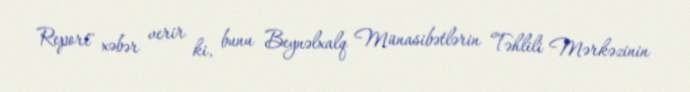
Report'' xəbər verir ki, bunu Beynəlxalq Münasibətlərin Təhlili Mərkəzinin